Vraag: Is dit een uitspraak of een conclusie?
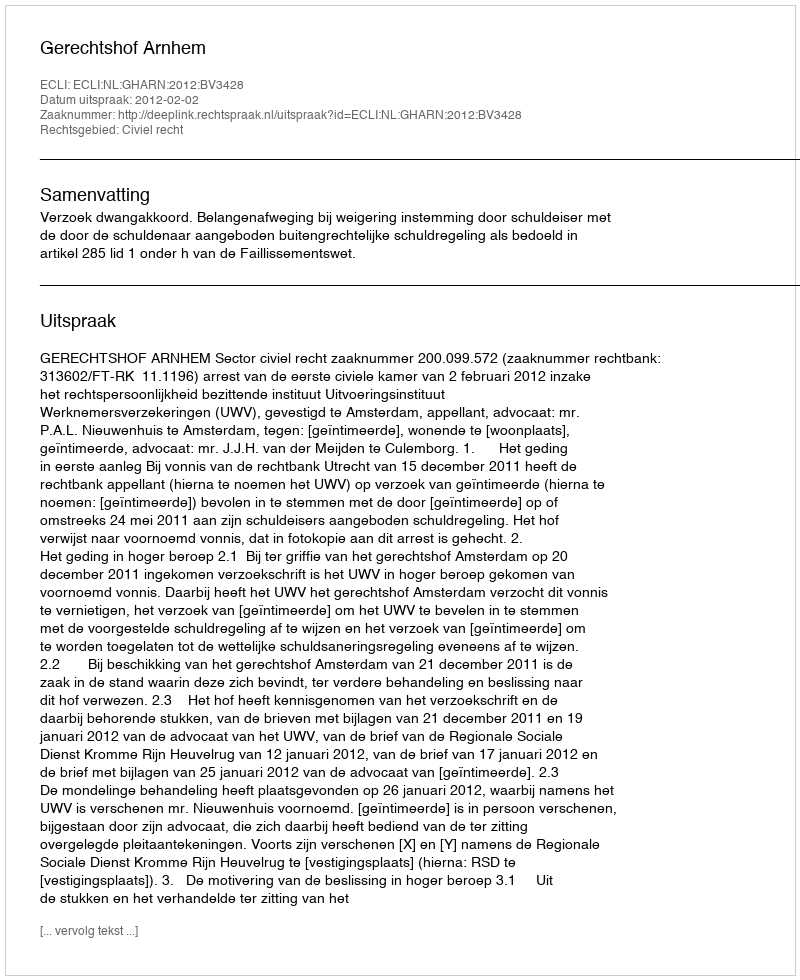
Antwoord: Uitspraak